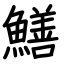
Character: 鱔